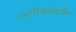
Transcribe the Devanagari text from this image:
नागरिकांमधील